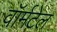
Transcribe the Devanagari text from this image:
वॉर्मटेल